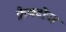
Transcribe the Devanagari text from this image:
फ्रैक्टोज